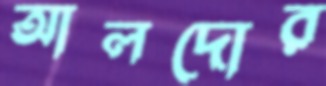
আলদোর